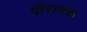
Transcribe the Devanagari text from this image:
पौराणक